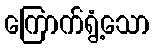
ကြောက်ရွံ့သော